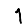
Digit: 1